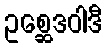
ဥစ္ဆေဒဝါဒီ